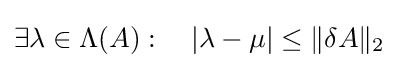
\exists \lambda \in \Lambda (A):\quad |\lambda -\mu |\leq \|\delta A\|_{2}